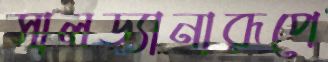
সালড্যানারূপে